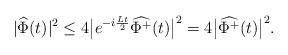
LaTeX: \begin{align*}|\widehat{\Phi}(t)|^2\leq 4 \big|e^{-i\frac{Lt}{2}}\widehat{\Phi^+}(t)\big|^2= 4 \big|\widehat{\Phi^+}(t)\big|^2.\end{align*}